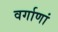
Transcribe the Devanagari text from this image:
वर्गाणां